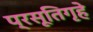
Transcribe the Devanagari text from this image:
प्रसूतिगृहे